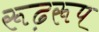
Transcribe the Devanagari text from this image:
रूढ़रूप